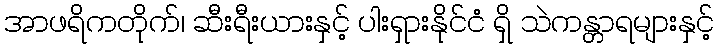
အာဖရိကတိုက်၊ ဆီးရီးယားနှင့် ပါးရှားနိုင်ငံ ရှိ သဲကန္တာရများနှင့်